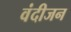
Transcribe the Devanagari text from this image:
वंदीजन